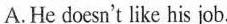
A. He doesn't like his job.